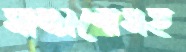
সাজানোসহ